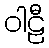
ဝါဠီ